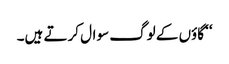
‘‘ گاؤں کے لوگ سوال کرتے ہیں۔